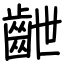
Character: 齛